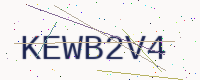
Text: KEWB2V4